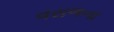
વરાળના